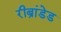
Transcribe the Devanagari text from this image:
रीब्रांडेड